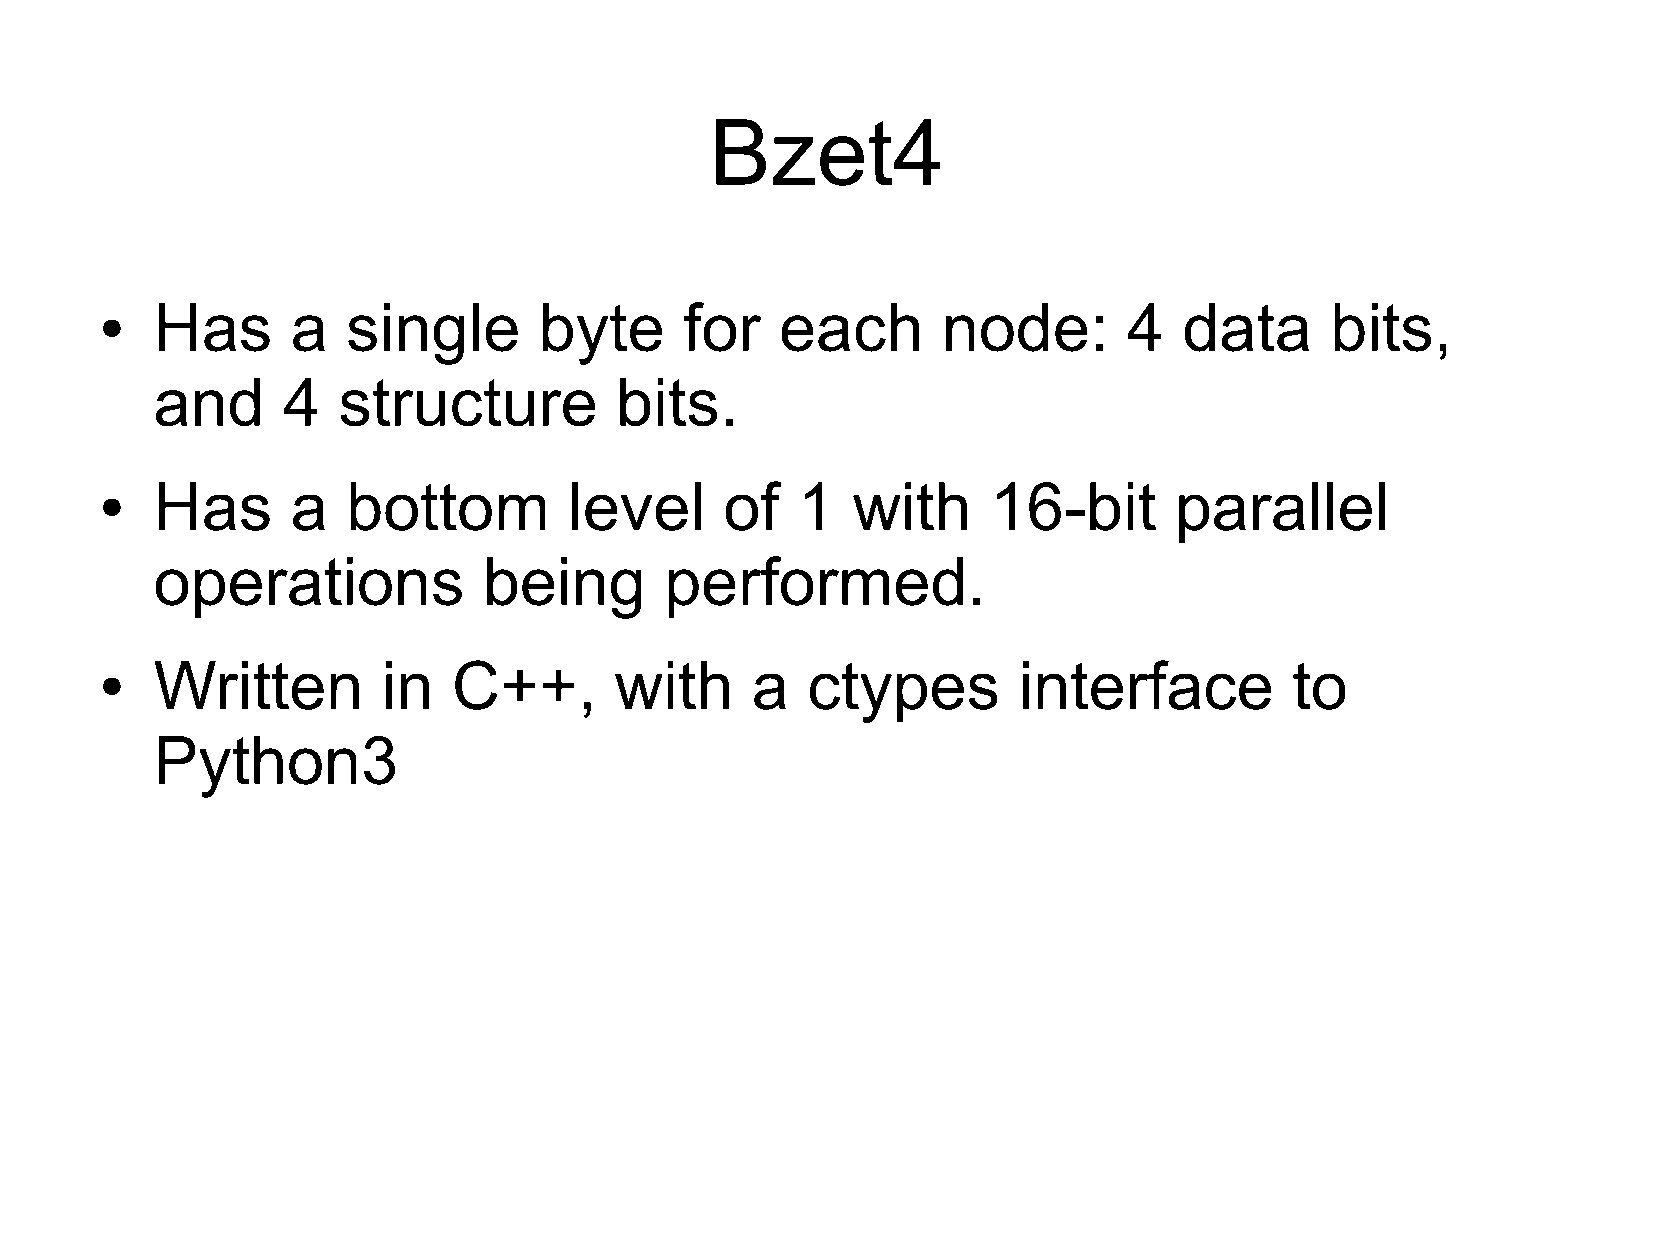
Bzet4
 Has      a   single       byte     for    each      node:        4  data      bits,
 ●
 and      4  structure          bits.
 Has      a   bottom         level     of   1  with     16-bit       parallel
 ●
 operations            being       performed.
 Written        in   C++,       with     a  ctypes        interface          to
 ●
 Python3